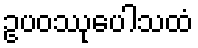
ဥပဝဿုပေါသထံ